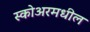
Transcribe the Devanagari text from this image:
स्कोअरमधील